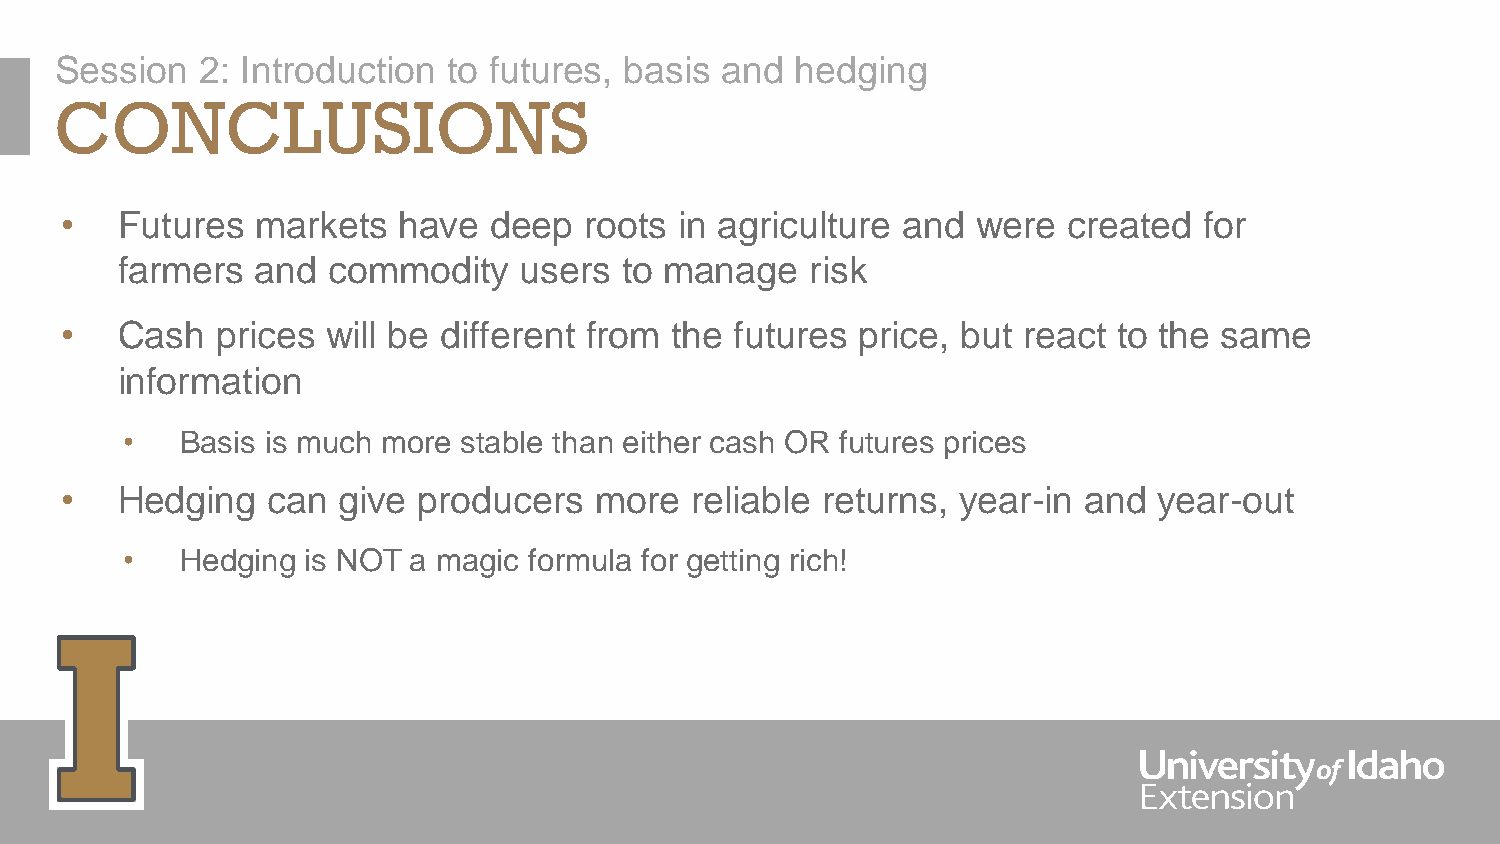
Session  2: Introduction  to futures, basis and  hedging
 CONCLUSIONS
 •   Futures  markets  have  deep   roots in agriculture and  were  created  for
 farmers  and  commodity   users  to manage    risk
 •   Cash  prices  will be different from the futures price, but react to the same
 information
 •   Basis is much more stable than either cash OR futures prices
 •   Hedging   can give  producers  more   reliable returns, year-in and  year-out
 •   Hedging is NOT a magic formula for getting rich!